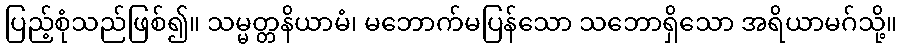
ပြည့်စုံသည်ဖြစ်၍။ သမ္မတ္တနိယာမံ၊ မဘောက်မပြန်သော သဘောရှိသော အရိယာမဂ်သို့။